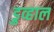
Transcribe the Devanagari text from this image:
डुव्हाल